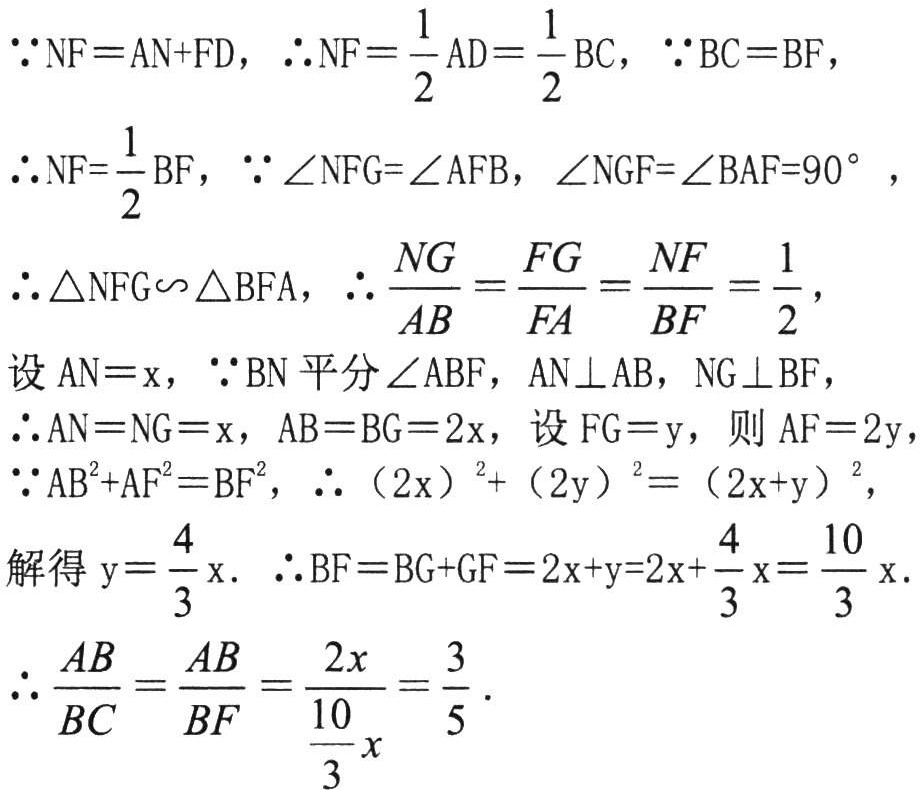
\(\because NF = AN + FD, \therefore NF=\frac{1}{2}AD=\frac{1}{2}BC, \because BC = BF,\)

\(\therefore NF=\frac{1}{2}BF, \because \angle NFG = \angle AFB, \angle NGF=\angle BAF = 90^{\circ},\)

\(\therefore \triangle NFG\sim\triangle BFA, \therefore \frac{NG}{AB}=\frac{FG}{FA}=\frac{NF}{BF}=\frac{1}{2},\)

设\(AN = x, \because BN\)平分\(\angle ABF, AN\perp AB, NG\perp BF,\)

\(\therefore AN = NG = x, AB = BG = 2x\), 设\(FG = y\), 则\(AF = 2y\),

\(\because AB^{2}+AF^{2}=BF^{2}, \therefore (2x)^{2}+(2y)^{2}=(2x + y)^{2},\)

解得\(y = \frac{4}{3}x.\) \(\therefore BF = BG + GF = 2x + y = 2x+\frac{4}{3}x=\frac{10}{3}x.\)

\(\therefore \frac{AB}{BC}=\frac{AB}{BF}=\frac{2x}{\frac{10}{3}x}=\frac{3}{5}.\)